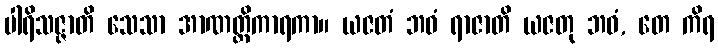
ပါရိသဇ္ဇာတိ သေသာ အာဏတ္တိကာရကာ။ ယဇတံ ဘဝံ ရာဇာတိ ယဇတု ဘဝံ, တေ ကိရ